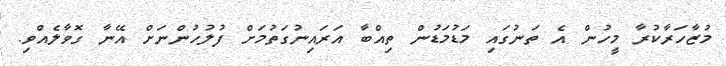
މުޒާހަރާކުރާ މީހުން އެ ތަނުގައި މަޑުމަޑުން ތިއްބާ އަރައިނުގަތުމަށް ފުލުހުންނަށް އޭނާ ގޮވާލެއްވި.